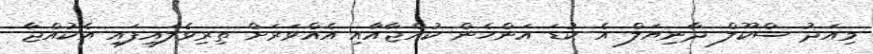
މިއަދު ސްކޫލް ދާނިޔަލް އެ ކުޑަ އަންހެން ކުއްޖާއާއި އެއްވަރަށް ތިރިވެލައިފައި އެކުއްޖާ